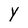
Character: Y